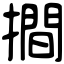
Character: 𢵧